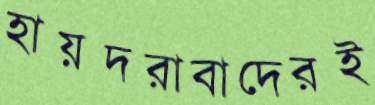
হায়দরাবাদেরই